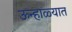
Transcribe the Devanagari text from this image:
ऊन्हाळ्यात